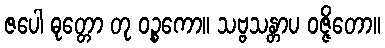
ဇပေါ ဓုတ္တော တု ဝဉ္စကော။ သဗ္ဗသန္တာပ ဝဇ္ဇိတော။